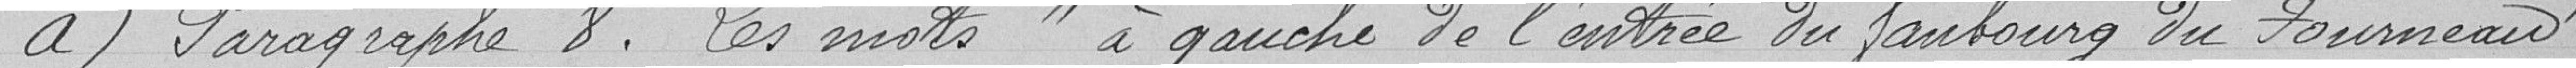
a) Paragraphe 8. Les mots " à gauche de l'entrée du faubourg du Fourneau "